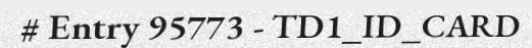
# Entry 95773 - TD1_ID_CARD